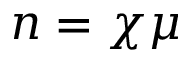
n = \chi \mu